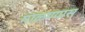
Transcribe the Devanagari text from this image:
गाळण्यास